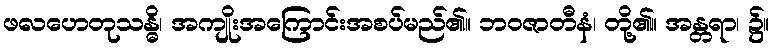
ဖလဟေတုသန္ဓိ၊ အကျိုးအကြောင်းအစပ်မည်၏။ ဘဝဇာတီနံ၊ တို့၏။ အန္တရာ၊ ၌။